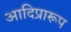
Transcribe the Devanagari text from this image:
आदिप्रारूप